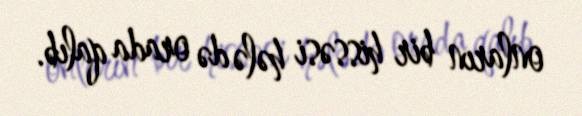
onların bir hissəsi hələ də orada qalıb.